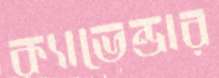
ক্যাভেন্ডার